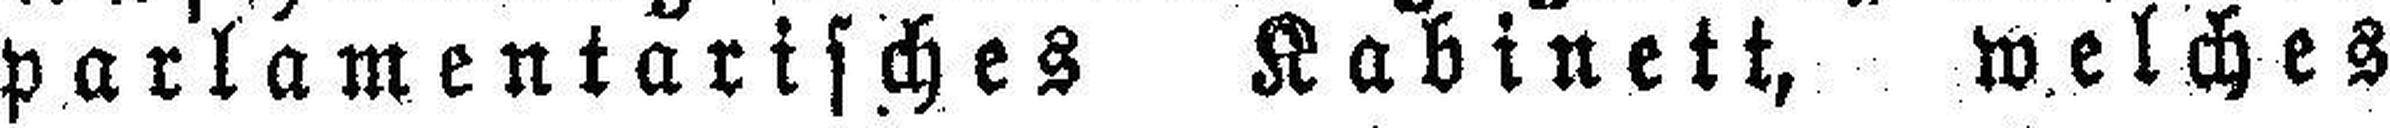
parlamentarisches Kabinett, welches